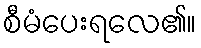
စီမံပေးရလေ၏။